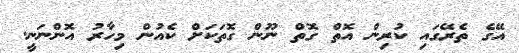
އޭގެ ތެރޭގައި ކުރިން އޮތް ގޮތް ނޫން ގޮތަކަށް ކެއުން މިހާރު އޮންނަނީ.